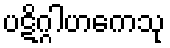
ပဋိဂ္ဂါဟကေသု